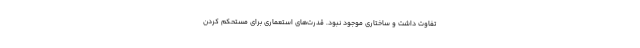
تفاوت داشت و ساختاری موجود نبود. قدرت‌های استعماری برای مستحکم کردن